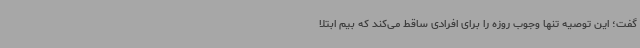
گفت؛ این توصیه تنها وجوب روزه را برای افرادی ساقط می‌کند که بیم ابتلا